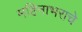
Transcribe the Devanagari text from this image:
महिनाभराचे